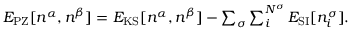
\begin{array} { r } { E _ { \mathrm { P Z } } [ n ^ { \alpha } , n ^ { \beta } ] = E _ { \mathrm { K S } } [ n ^ { \alpha } , n ^ { \beta } ] - \sum _ { \sigma } \sum _ { i } ^ { N ^ { \sigma } } E _ { \mathrm { S I } } [ n _ { i } ^ { \sigma } ] . } \end{array}